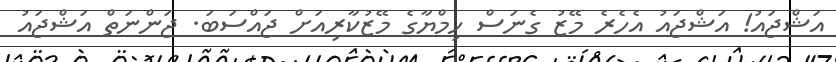
އަޝްޖައު! އަޝްޖައު އެހެރެ މޭޒު ގެނަސް ހިމްޔާގެ މޭޒުކާރިއަށް ޖައްސަބަ. ޖަންނަތް އަޝްޖައު